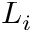
L _ { i }